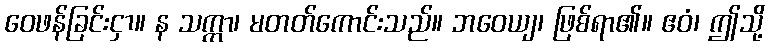
ဝေဖန်ခြင်းငှာ။ န သက္ကာ၊ မတတ်ကောင်းသည်။ ဘဝေယျ၊ ဖြစ်ရာ၏။ ဧဝံ၊ ဤသို့